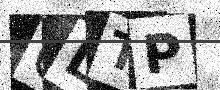
Text: GLTP